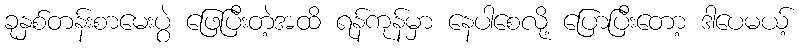
ခုနှစ်တန်းစာမေးပွဲ ဖြေပြီးတဲ့အထိ ရန်ကုန်မှာ နေပါစေလို့ ပြောပြီးတော့ ဒါပေမယ့်